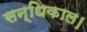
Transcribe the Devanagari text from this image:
सन्धिकाल।